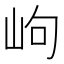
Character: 岣